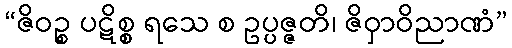
“ဇိဝဉ္စ ပဋိစ္စ ရသေ စ ဥပ္ပဇ္ဇတိ၊ ဇိဝှာဝိညာဏံ”